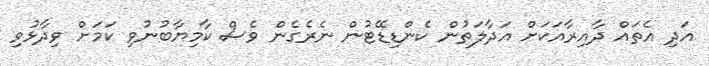
އަދި އެތައް ދާއިރާއަކަށް އަދާލަތުން ކެންޑިޑޭޓުން ނެރެގެން ވެސް ކާމިޔާބުނުވި ކަމަށް ވިދާޅުވި